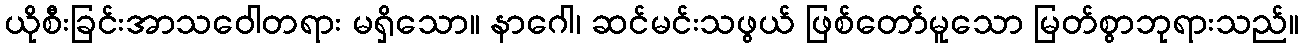
ယိုစီးခြင်းအာသဝေါတရား မရှိသော။ နာဂေါ၊ ဆင်မင်းသဖွယ် ဖြစ်တော်မူသော မြတ်စွာဘုရားသည်။